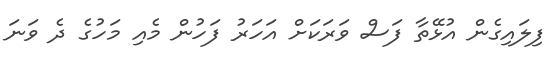
ފިލައިގެން އުޅޭތާ ފަސް ވަރަކަށް އަހަރު ފަހުން މެއި މަހުގެ ދެ ވަނަ